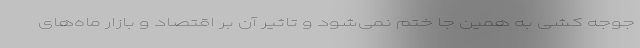
جوجه کشی به همین جا ختم نمی‌شود و تاثیر آن بر اقتصاد و بازار ماه‌های